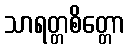
သာရတ္တစိတ္တော